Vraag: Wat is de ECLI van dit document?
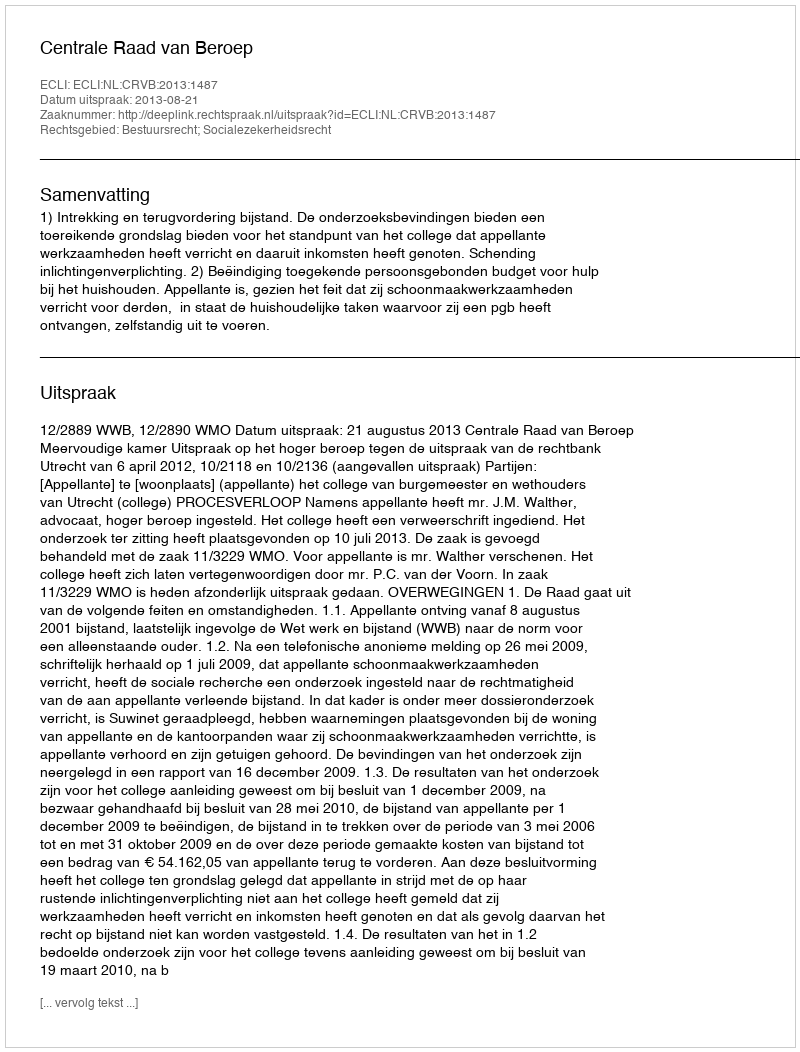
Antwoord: ECLI:NL:CRVB:2013:1487